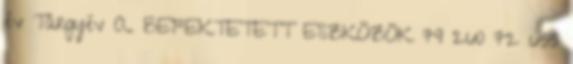
év Tárgyév A. BEFEKTETETT ESZKÖZÖK 79 260 72 655